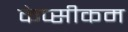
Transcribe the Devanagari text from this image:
केप्सीकम